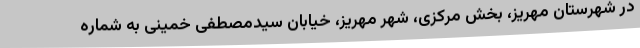
در شهرستان مهریز، بخش مرکزی، شهر مهریز، خیابان سیدمصطفی خمینی به شماره